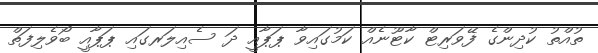
ތުއްތު ކުދިންގެ ފޭވަރިޓް ކާޓޫނެއް ކަމުގައިވާ ޕަޕާއީ ދަ ސެއިލަރގައި ޕަޕާއީ ބޯވެލިފަތް